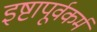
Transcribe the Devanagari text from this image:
इष्टापूर्वकर्म